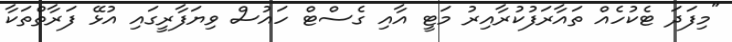
"މިފަދަ ޓެކުހެއް ތައާރަފުކުރާއިރު މަޓީ އާއި ގެސްޓް ހައުސް ވިޔަފާރީގައި އުޅޭ ފަރާތްތަކާ